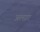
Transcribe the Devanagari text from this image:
अलग़ा